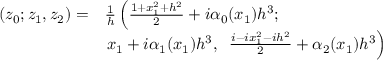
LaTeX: \begin{array} { r l } { { ( z _ { 0 } ; z _ { 1 } , z _ { 2 } ) = } } & { { { \frac { 1 } { h } } \left( { \frac { 1 + x _ { 1 } ^ { 2 } + h ^ { 2 } } { 2 } } + i \alpha _ { 0 } ( x _ { 1 } ) h ^ { 3 } ; \right. } } \\ { { } } & { { \left. x _ { 1 } + i \alpha _ { 1 } ( x _ { 1 } ) h ^ { 3 } , \; \; { \frac { i - i x _ { 1 } ^ { 2 } - i h ^ { 2 } } { 2 } } + \alpha _ { 2 } ( x _ { 1 } ) h ^ { 3 } \right) } } \end{array}